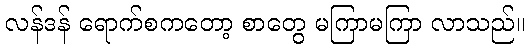
လန်ဒန် ရောက်စကတော့ စာတွေ မကြာမကြာ လာသည်။